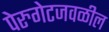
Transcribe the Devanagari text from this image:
पेरुगेटजवळील